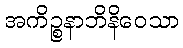
အကိဉ္စနာဘိနိဝေသာ